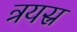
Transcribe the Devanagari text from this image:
त्रयस्र